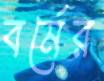
বর্মের